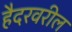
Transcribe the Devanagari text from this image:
हैदरवरील